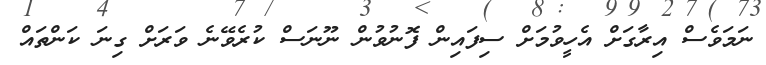
ނަމަވެސް އިރާގަށް އެހީވުމަށް ސިފައިން ފޮނުވުން ނޫނަސް ކުރެވޭނެ ވަރަށް ގިނަ ކަންތައް